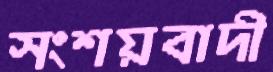
সংশয়বাদী